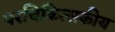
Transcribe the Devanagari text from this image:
परचिकित्सकीय